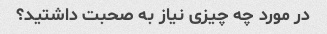
در مورد چه چیزی نیاز به صحبت داشتید؟